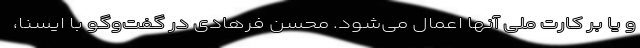
و یا بر کارت ملی آنها اعمال می‌شود. محسن فرهادی در گفت‌وگو با ایسنا،